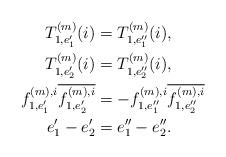
LaTeX: \begin{align*}T^{(m)}_{1,e'_1}(i) &= T^{(m)}_{1,e''_1}(i),\\T^{(m)}_{1,e'_2}(i) &= T^{(m)}_{1,e''_2}(i),\\f^{(m),i}_{1,e'_1}\overline {f^{(m),i}_{1,e'_2}} &= -f^{(m),i}_{1,e''_1}\overline{f^{(m),i}_{1, e''_2}}\quad\\e'_1-e'_2&=e''_1-e''_2.\end{align*}